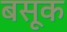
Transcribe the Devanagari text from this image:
बसूक